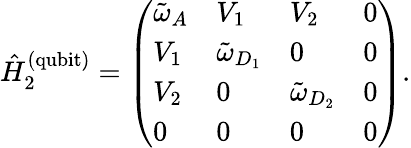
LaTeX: \hat{H}_{2}^{\mathrm{(qubit)}}=\left(\begin{array}{llll}{\tilde{\omega}_{A}}&{V_{1}}&{V_{2}}&{0}\\ {V_{1}}&{\tilde{\omega}_{D_{1}}}&{0}&{0}\\ {V_{2}}&{0}&{\tilde{\omega}_{D_{2}}}&{0}\\ {0}&{0}&{0}&{0}\end{array}\right).